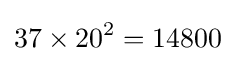
37\times 20^{2}=14800